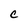
Character: C